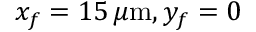
x _ { f } = 1 5 \, \mu \mathrm { m } , y _ { f } = 0